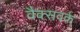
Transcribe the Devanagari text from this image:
वैक्सवर्क